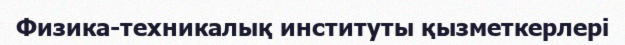
Физика-техникалық институты қызметкерлері